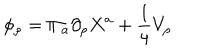
LaTeX: \phi _ { \rho } = \Pi _ { a } \partial _ { \rho } X ^ { a } + \frac { 1 } { 4 } V _ { \rho }